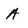
Character: A